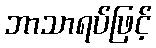
ဘာသာရပ်ဖြင့်